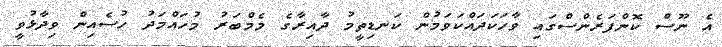
އެ ނޫސް ކޮންފަރެންސްގައި ވާހަކަދައްކަވަމުން ކަނޑިތީމު ދާއިރާގެ މެމްބަރު މުހައްމަދު ހުސެއިން ވިދާޅުވީ